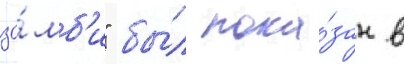
зо́мб'и" бы́л пока́зан в